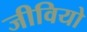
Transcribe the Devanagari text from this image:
जीवियो